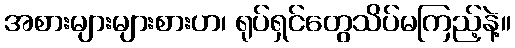
အစားများများစားဟ၊ ရုပ်ရှင်တွေသိပ်မကြည့်နဲ့။